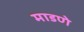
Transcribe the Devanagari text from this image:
माडणे